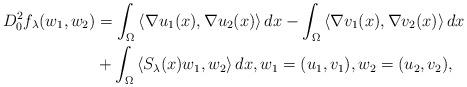
LaTeX: \begin{align*}D^2_0f_\lambda(w_1,w_2)&=\int_\Omega{\langle\nabla u_1(x),\nabla u_2(x)\rangle\,dx}-\int_\Omega{\langle \nabla v_1(x),\nabla v_2(x)\rangle\,dx}\\&+\int_\Omega{\langle S_\lambda(x)w_1,w_2\rangle \, dx},w_1=(u_1,v_1), w_2=(u_2,v_2),\end{align*}